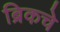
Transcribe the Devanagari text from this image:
ब्रिकचे